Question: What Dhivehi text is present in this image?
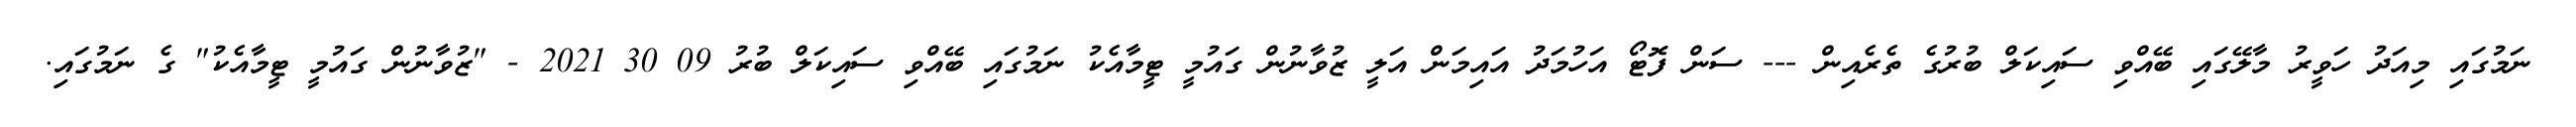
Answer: ނަމުގައި މިއަދު ހަވީރު މާލޭގައި ބޭއްވި ސައިކަލް ބުރުގެ ތެރެއިން --- ސަން ފޮޓޯ އަހުމަދު އައިމަން އަލީ ޒުވާނުން ގައުމީ ޓީމާއެކު ނަމުގައި ބޭއްވި ސައިކަލް ބުރު 09 30 2021 - "ޒުވާނުން ގައުމީ ޓީމާއެކު" ގެ ނަމުގައި.